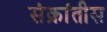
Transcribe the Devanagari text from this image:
संक्रांतीस